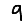
Digit: 9